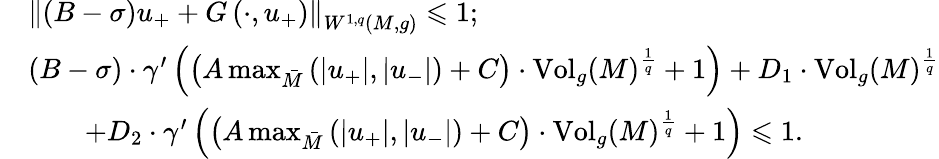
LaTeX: \begin{array}{rl}&{\left\lVert\left(B-\sigma\right)u_{+}+G\left(\cdot,u_{+}\right)\right\rVert_{W^{1,q}(M,g)}\leqslant 1;}\\ &{\left(B-\sigma\right)\cdot\gamma^{\prime}\left(\left(A\operatorname*{max}_{\bar{M}}\left(\lvert u_{+}\rvert,\lvert u_{-}\rvert\right)+C\right)\cdot\mathrm{Vol}_{g}(M)^{\frac{1}{q}}+1\right)+D_{1}\cdot\mathrm{Vol}_{g}(M)^{\frac{1}{q}}}\\ &{\qquad+D_{2}\cdot\gamma^{\prime}\left(\left(A\operatorname*{max}_{\bar{M}}\left(\lvert u_{+}\rvert,\lvert u_{-}\rvert\right)+C\right)\cdot\mathrm{Vol}_{g}(M)^{\frac{1}{q}}+1\right)\leqslant 1.}\end{array}